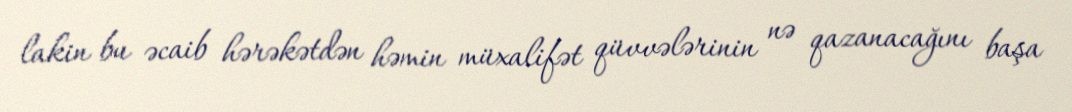
lakin bu əcaib hərəkətdən həmin müxalifət qüvvələrinin nə qazanacağını başa